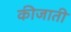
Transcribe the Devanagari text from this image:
कीजाती